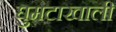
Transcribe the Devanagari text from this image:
घुमटाखाली